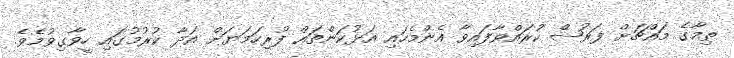
ތިމާގެ މައްޗަށް ފަރުޟް ކުރައްވާފައިވާ އެންމެހައި އަޅުކަންތައް ފުރިހަމަޔަށް އަދާ ކުރުމުގައި ހީވާގިވުމެވެ.